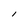
Character: l